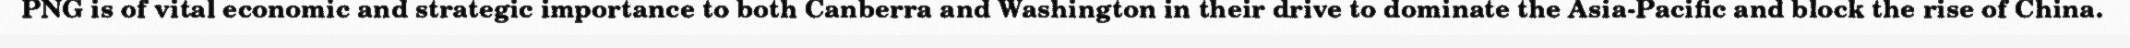
PNG is of vital economic and strategic importance to both Canberra and Washington in their drive to dominate the Asia-Pacific and block the rise of China.